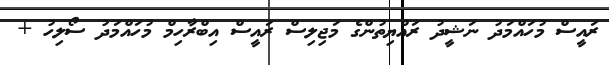
ރައީސް މުހައްމަދު ނަޝީދު ރައްޔިތުންގެ މަޖިލިސް ރައީސް އިބްރާހިމް މުހައްމަދު ސޯލިހު +